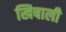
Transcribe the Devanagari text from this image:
खिषाली